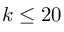
k \leq 2 0